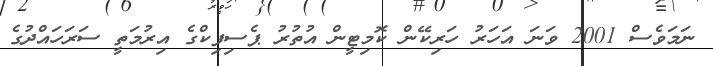
ނަމަވެސް 2001 ވަނަ އަހަރު ހަރިކޭން ކޮމިޓީން އުތުރު ޕެސިފިކްގެ އިރުމަތީ ސަރަހައްދުގެ